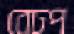
বেঢপ